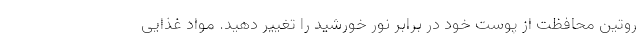
روتین محافظت از پوست خود در برابر نور خورشید را تغییر دهید. مواد غذایی